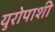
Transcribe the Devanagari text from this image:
युरोपाशी